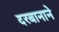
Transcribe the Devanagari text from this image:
दरबानाने